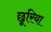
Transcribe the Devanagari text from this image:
छूरिया